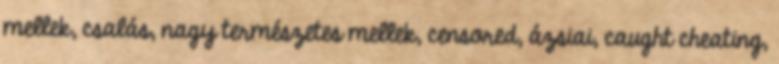
mellek, csalás, nagy természetes mellek, censored, ázsiai, caught cheating,